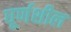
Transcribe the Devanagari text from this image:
घूर्णशील